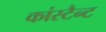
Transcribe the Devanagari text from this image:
कांस्टैन्ट